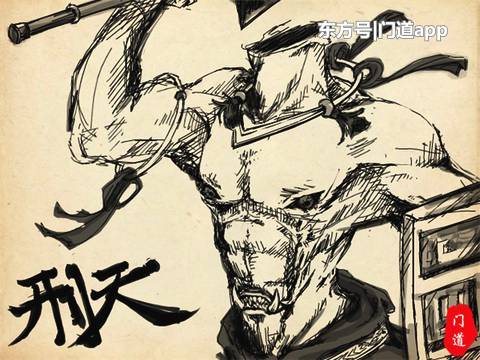
刑天舞干戚，猛志固常在。